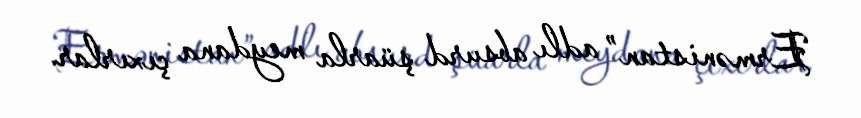
Ermənistan” adlı absurd şüarla meydana çıxırlar.